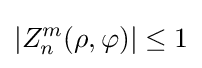
|Z_{n}^{m}(\rho ,\varphi )|\leq 1